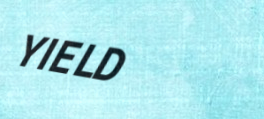
YIELD